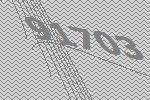
91703